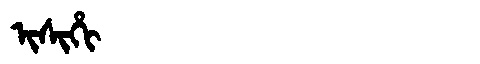
Manchu: ᡳᠰᡳᡥᡳ
Romanization: ISIHI